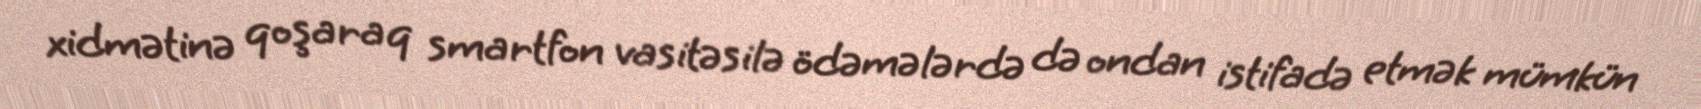
xidmətinə qoşaraq smartfon vasitəsilə ödəmələrdə də ondan istifadə etmək mümkün